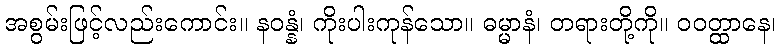
အစွမ်းဖြင့်လည်းကောင်း။ နဝန္နံ၊ ကိုးပါးကုန်သော။ ဓမ္မာနံ၊ တရားတို့ကို။ ဝဝတ္ထာနေ၊